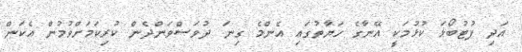
އަދި ފުޓުބޯޅަ ކުޅުމަކީ އޭނާގެ ހަޔާތުގައި އެންމެ ގިނަ ދުވަސްވަންދެން ކުރިކަމަށްވުމުން އެކަން